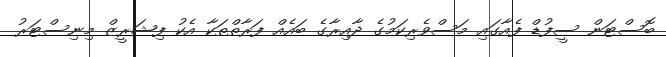
ބޮސްޓަން ސީފުޑް ފެއާގައި މަސްވެރިކަމުގެ ދާއިރާގެ ބައެއް ފަރާތްތަކާ އެކު ފިޝަރީޒް މިނިސްޓަރު